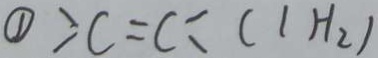
\textcircled { 1 } : c = c : ( 1 H _ { 2 } )